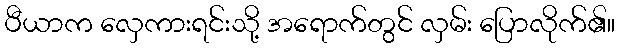
ပီယာက လှေကားရင်းသို့ အရောက်တွင် လှမ်း ပြောလိုက်၏။